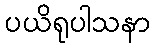
ပယိရုပါသနာ